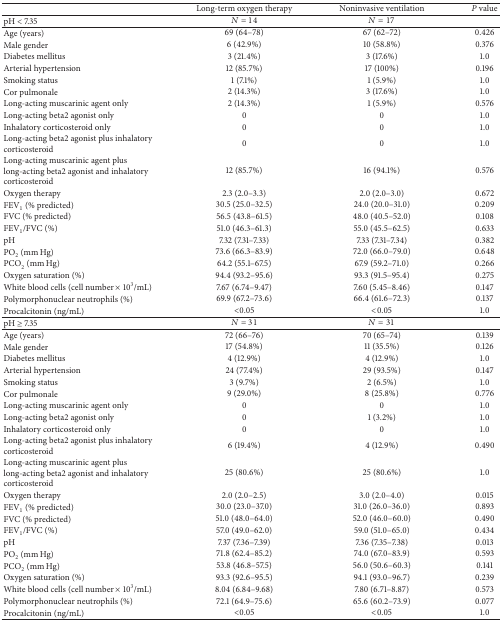
<table><thead><tr><td><b> </b></td><td><b>Long-term oxygen therapy </b></td><td><b>Noninvasive ventilation</b></td><td><b><i>P</i> value</b></td></tr></thead><tbody><tr><td>pH &lt; 7.35</td><td><i>N</i> = 14</td><td><i>N</i> = 17</td><td> </td></tr><tr><td>Age (years)</td><td>69 (64–78)</td><td>67 (62–72)</td><td>0.426</td></tr><tr><td>Male gender</td><td>6 (42.9%)</td><td>10 (58.8%)</td><td>0.376</td></tr><tr><td>Diabetes mellitus</td><td>3 (21.4%)</td><td>3 (17.6%)</td><td>1.0</td></tr><tr><td>Arterial hypertension</td><td>12 (85.7%)</td><td>17 (100%)</td><td>0.196</td></tr><tr><td>Smoking status</td><td>1 (7.1%)</td><td>1 (5.9%)</td><td>1.0</td></tr><tr><td>Cor pulmonale</td><td>2 (14.3%)</td><td>3 (17.6%)</td><td>1.0</td></tr><tr><td>Long-acting muscarinic agent only</td><td>2 (14.3%)</td><td>1 (5.9%)</td><td>0.576</td></tr><tr><td>Long-acting beta2 agonist only</td><td>0</td><td>0</td><td>1.0</td></tr><tr><td>Inhalatory corticosteroid only</td><td>0</td><td>0</td><td>1.0</td></tr><tr><td>Long-acting beta2 agonist plus inhalatory corticosteroid</td><td>0</td><td>0</td><td>1.0</td></tr><tr><td>Long-acting muscarinic agent plus long-acting beta2 agonist and inhalatory corticosteroid</td><td>12 (85.7%)</td><td>16 (94.1%)</td><td>0.576</td></tr><tr><td>Oxygen therapy</td><td>2.3 (2.0–3.3)</td><td>2.0 (2.0–3.0)</td><td>0.672</td></tr><tr><td>FEV<sub>1</sub> (% predicted)</td><td>30.5 (25.0–32.5)</td><td>24.0 (20.0–31.0)</td><td>0.209</td></tr><tr><td>FVC (% predicted)</td><td>56.5 (43.8–61.5)</td><td>48.0 (40.5–52.0)</td><td>0.108</td></tr><tr><td>FEV<sub>1</sub>/FVC (%)</td><td>51.0 (46.3–61.3)</td><td>55.0 (45.5–62.5)</td><td>0.633</td></tr><tr><td>pH</td><td>7.32 (7.31–7.33)</td><td>7.33 (7.31–7.34)</td><td>0.382</td></tr><tr><td>PO<sub>2</sub> (mm Hg)</td><td>73.6 (66.3–83.9)</td><td>72.0 (66.0–79.0)</td><td>0.648</td></tr><tr><td>PCO<sub>2</sub> (mm Hg)</td><td>64.2 (55.1–67.5)</td><td>67.9 (59.2–71.0)</td><td>0.266</td></tr><tr><td>Oxygen saturation (%)</td><td>94.4 (93.2–95.6)</td><td>93.3 (91.5–95.4)</td><td>0.275</td></tr><tr><td>White blood cells (cell number × 10<sup>3</sup>/mL)</td><td>7.67 (6.74–9.47)</td><td>7.60 (5.45–8.46)</td><td>0.147</td></tr><tr><td>Polymorphonuclear neutrophils (%)</td><td>69.9 (67.2–73.6)</td><td>66.4 (61.6–72.3)</td><td>0.137</td></tr><tr><td>Procalcitonin (ng/mL)</td><td>&lt;0.05</td><td>&lt;0.05</td><td>1.0</td></tr><tr><td>pH ≥ 7.35</td><td><i>N</i> = 31</td><td><i>N</i> = 31</td><td> </td></tr><tr><td>Age (years)</td><td>72 (66–76)</td><td>70 (65–74)</td><td>0.139</td></tr><tr><td>Male gender</td><td>17 (54.8%)</td><td>11 (35.5%)</td><td>0.126</td></tr><tr><td>Diabetes mellitus</td><td>4 (12.9%)</td><td>4 (12.9%)</td><td>1.0</td></tr><tr><td>Arterial hypertension</td><td>24 (77.4%)</td><td>29 (93.5%)</td><td>0.147</td></tr><tr><td>Smoking status</td><td>3 (9.7%)</td><td>2 (6.5%)</td><td>1.0</td></tr><tr><td>Cor pulmonale</td><td>9 (29.0%)</td><td>8 (25.8%)</td><td>0.776</td></tr><tr><td>Long-acting muscarinic agent only</td><td>0</td><td>0</td><td>1.0</td></tr><tr><td>Long-acting beta2 agonist only</td><td>0</td><td>1 (3.2%)</td><td>1.0</td></tr><tr><td>Inhalatory corticosteroid only</td><td>0</td><td>0</td><td>1.0</td></tr><tr><td>Long-acting beta2 agonist plus inhalatory corticosteroid</td><td>6 (19.4%)</td><td>4 (12.9%)</td><td>0.490</td></tr><tr><td>Long-acting muscarinic agent plus long-acting beta2 agonist and inhalatory corticosteroid</td><td>25 (80.6%)</td><td>25 (80.6%)</td><td>1.0</td></tr><tr><td>Oxygen therapy</td><td>2.0 (2.0–2.5)</td><td>3.0 (2.0–4.0)</td><td>0.015</td></tr><tr><td>FEV<sub>1</sub> (% predicted)</td><td>30.0 (23.0–37.0)</td><td>31.0 (26.0–36.0)</td><td>0.893</td></tr><tr><td>FVC (% predicted)</td><td>51.0 (48.0–64.0)</td><td>52.0 (46.0–60.0)</td><td>0.490</td></tr><tr><td>FEV<sub>1</sub>/FVC (%)</td><td>57.0 (49.0–62.0)</td><td>59.0 (51.0–65.0)</td><td>0.434</td></tr><tr><td>pH</td><td>7.37 (7.36–7.39)</td><td>7.36 (7.35–7.38)</td><td>0.013</td></tr><tr><td>PO<sub>2</sub> (mm Hg)</td><td>71.8 (62.4–85.2)</td><td>74.0 (67.0–83.9)</td><td>0.593</td></tr><tr><td>PCO<sub>2</sub> (mm Hg)</td><td>53.8 (46.8–57.5)</td><td>56.0 (50.6–60.3)</td><td>0.141</td></tr><tr><td>Oxygen saturation (%)</td><td>93.3 (92.6–95.5)</td><td>94.1 (93.0–96.7)</td><td>0.239</td></tr><tr><td>White blood cells (cell number × 10<sup>3</sup>/mL)</td><td>8.04 (6.84–9.68)</td><td>7.80 (6.71–8.87)</td><td>0.573</td></tr><tr><td>Polymorphonuclear neutrophils (%)</td><td>72.1 (64.9–75.6)</td><td>65.6 (60.2–73.9)</td><td>0.077</td></tr><tr><td>Procalcitonin (ng/mL)</td><td>&lt;0.05</td><td>&lt;0.05</td><td>1.0</td></tr></tbody></table>